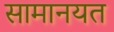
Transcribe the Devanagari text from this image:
सामानयत